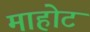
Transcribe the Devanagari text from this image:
माहोट